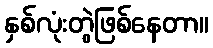
နှစ်လုံးတွဲဖြစ်နေတာ။